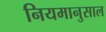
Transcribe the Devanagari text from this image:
नियमानुसाल